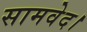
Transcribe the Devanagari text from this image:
सामवेद।